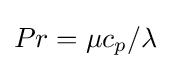
Pr=\mu c_{p}/\lambda